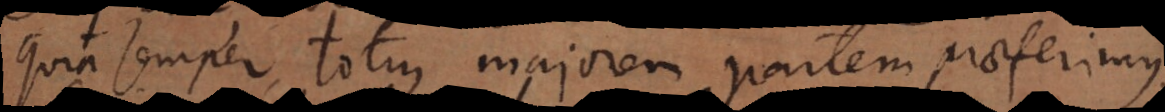
quia semper totius majorem partem praeferimus,